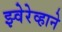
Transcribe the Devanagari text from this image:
झ्वेरेव्हाने